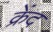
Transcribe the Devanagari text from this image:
क्रेंद